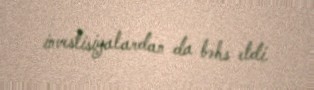
investisiyalardan da bəhs etdi.